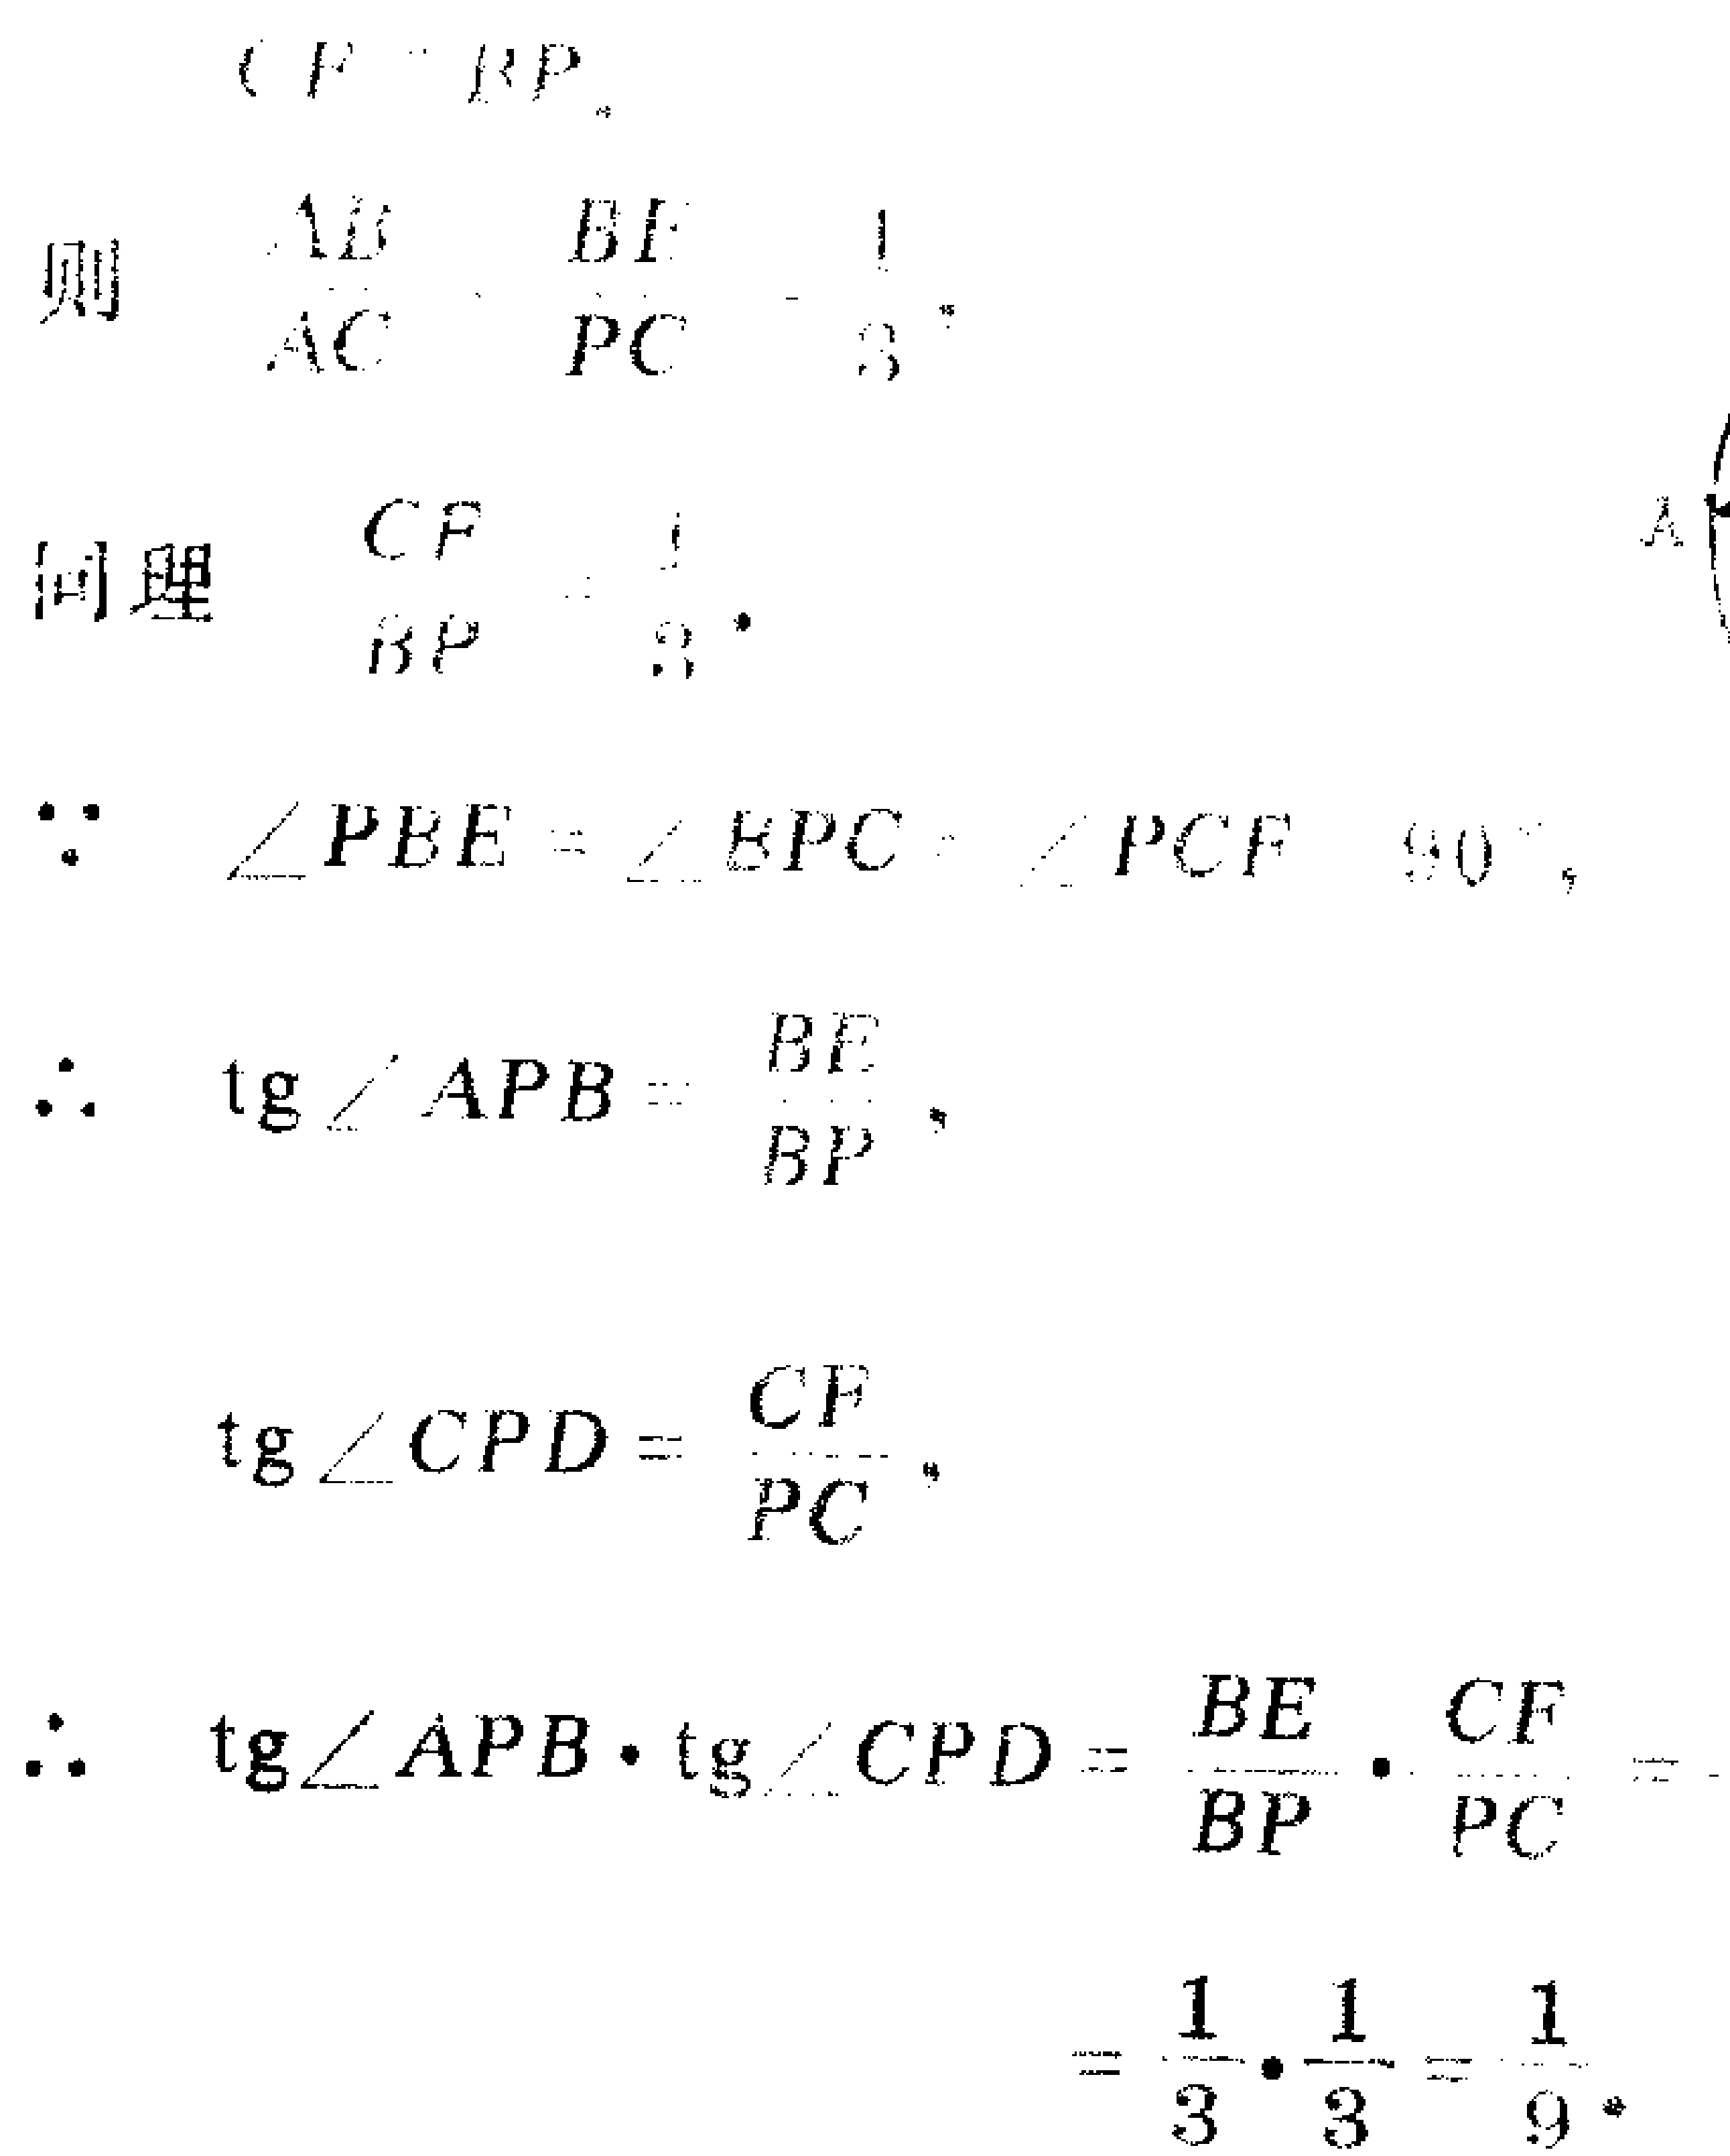
\begin{align*}

CF&=BP.\\

\text{则}\quad \frac{AE}{AC}&=\frac{BE}{PC}=\frac{1}{3}.\\

\text{同理}\quad \frac{CF}{BP}&=\frac{1}{3}.\\

\because\quad \angle PBE&=\angle EPC=\angle PCF = 90^{\circ},\\

\therefore\quad \tg\angle APB&=\frac{BE}{BP},\\

\tg\angle CPD&=\frac{CF}{PC},\\

\therefore\quad \tg\angle APB\cdot\tg\angle CPD&=\frac{BE}{BP}\cdot\frac{CF}{PC}\\

&=\frac{1}{3}\cdot\frac{1}{3}=\frac{1}{9}.

\end{align*}